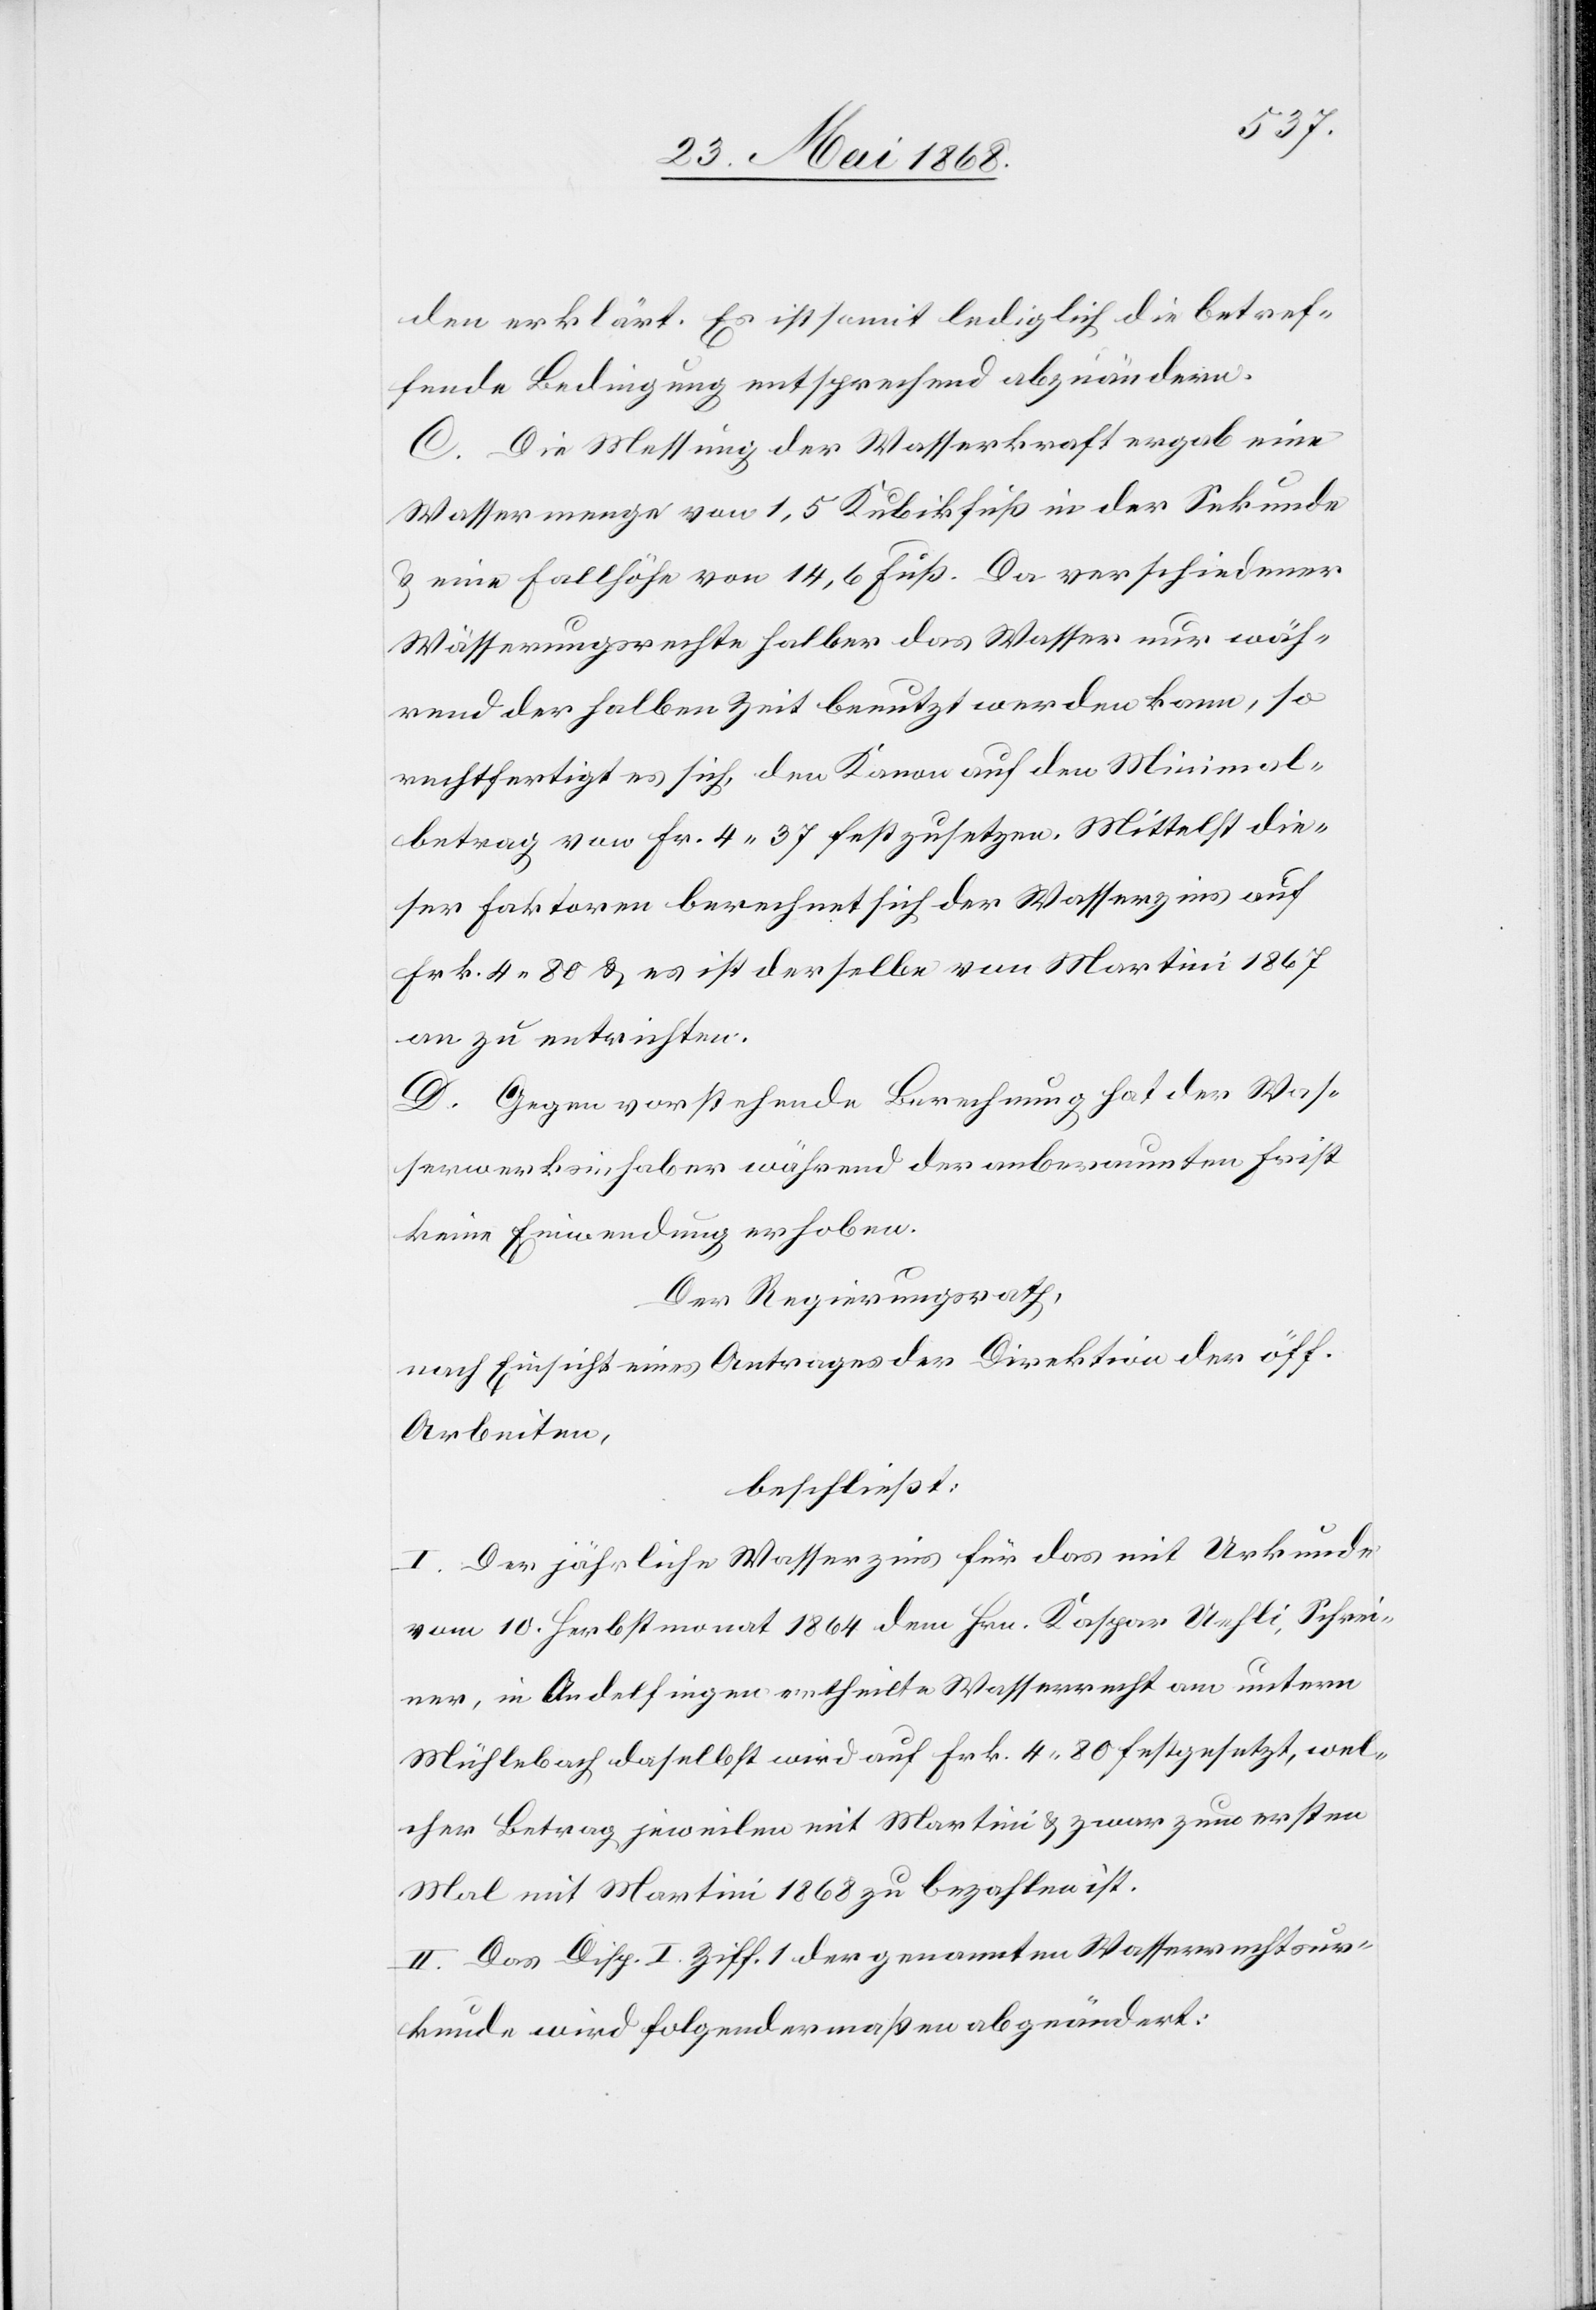
den erklärt. Es ist somit lediglich die betref¬
fende Bedingung entsprechend abzuändern.
C. Die Messung der Wasserkraft ergab eine
Wassermenge von 1,5 Kubikfuß in der Sekunde
& eine Fallhöhe von 14,6 Fuß. Da verschiedener
Wässerungsrechte halber das Wasser nur wäh¬
rend der halben Zeit benutzt werden kann, so
rechtfertigt es sich, den Kanon auf den Minimal¬
betrag von Fr. 4. 37 festzusetzen. Mittelst die¬
ser Faktoren berechnet sich der Wasserzins auf
Frk. 4. 80 & es ist derselbe von Martini 1867
an zu entrichten.
D. Gegen vorstehende Berechnung hat der Was¬
serwerksinhaber während der anberaumten Frist
keine Einwendung erhoben.
Der Regierungsrath,
nach Einsicht eines Antrages der Direktion der öff.
Arbeiten,
beschließt:
I. Der jährliche Wasserzins für das mit Urkunde
vom 10. Herbstmonat 1864 dem Hrn. Kaspar Uehli, Schrei¬
ner, in Andelfingen ertheilte Wasserrecht am untern
Mühlebach daselbst wird auf Frk. 4. 80 festgesetzt, wel¬
cher Betrag jeweilen mit Martini & zwar zum ersten
Mal mit Martini 1868 zu bezahlen ist.
II. Das Disp. I. Ziff. 1 der genannten Wasserrechtsur¬
kunde wird folgendermaßen abgeändert: